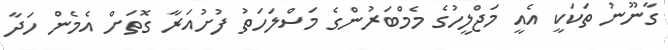
ގާނޫނު ތަކަކީ އެއީ މަޖްލީހުގެ މެމްބަރުންގެ މަސްލަހަތު ފުށުއަރާ ގޮތަށް އެމެން ހަދާ